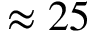
\approx 2 5